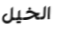
الخيل